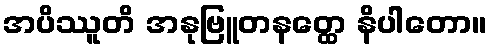
အပိဿူတိ အနုဗြူတနတ္ထေ နိပါတော။